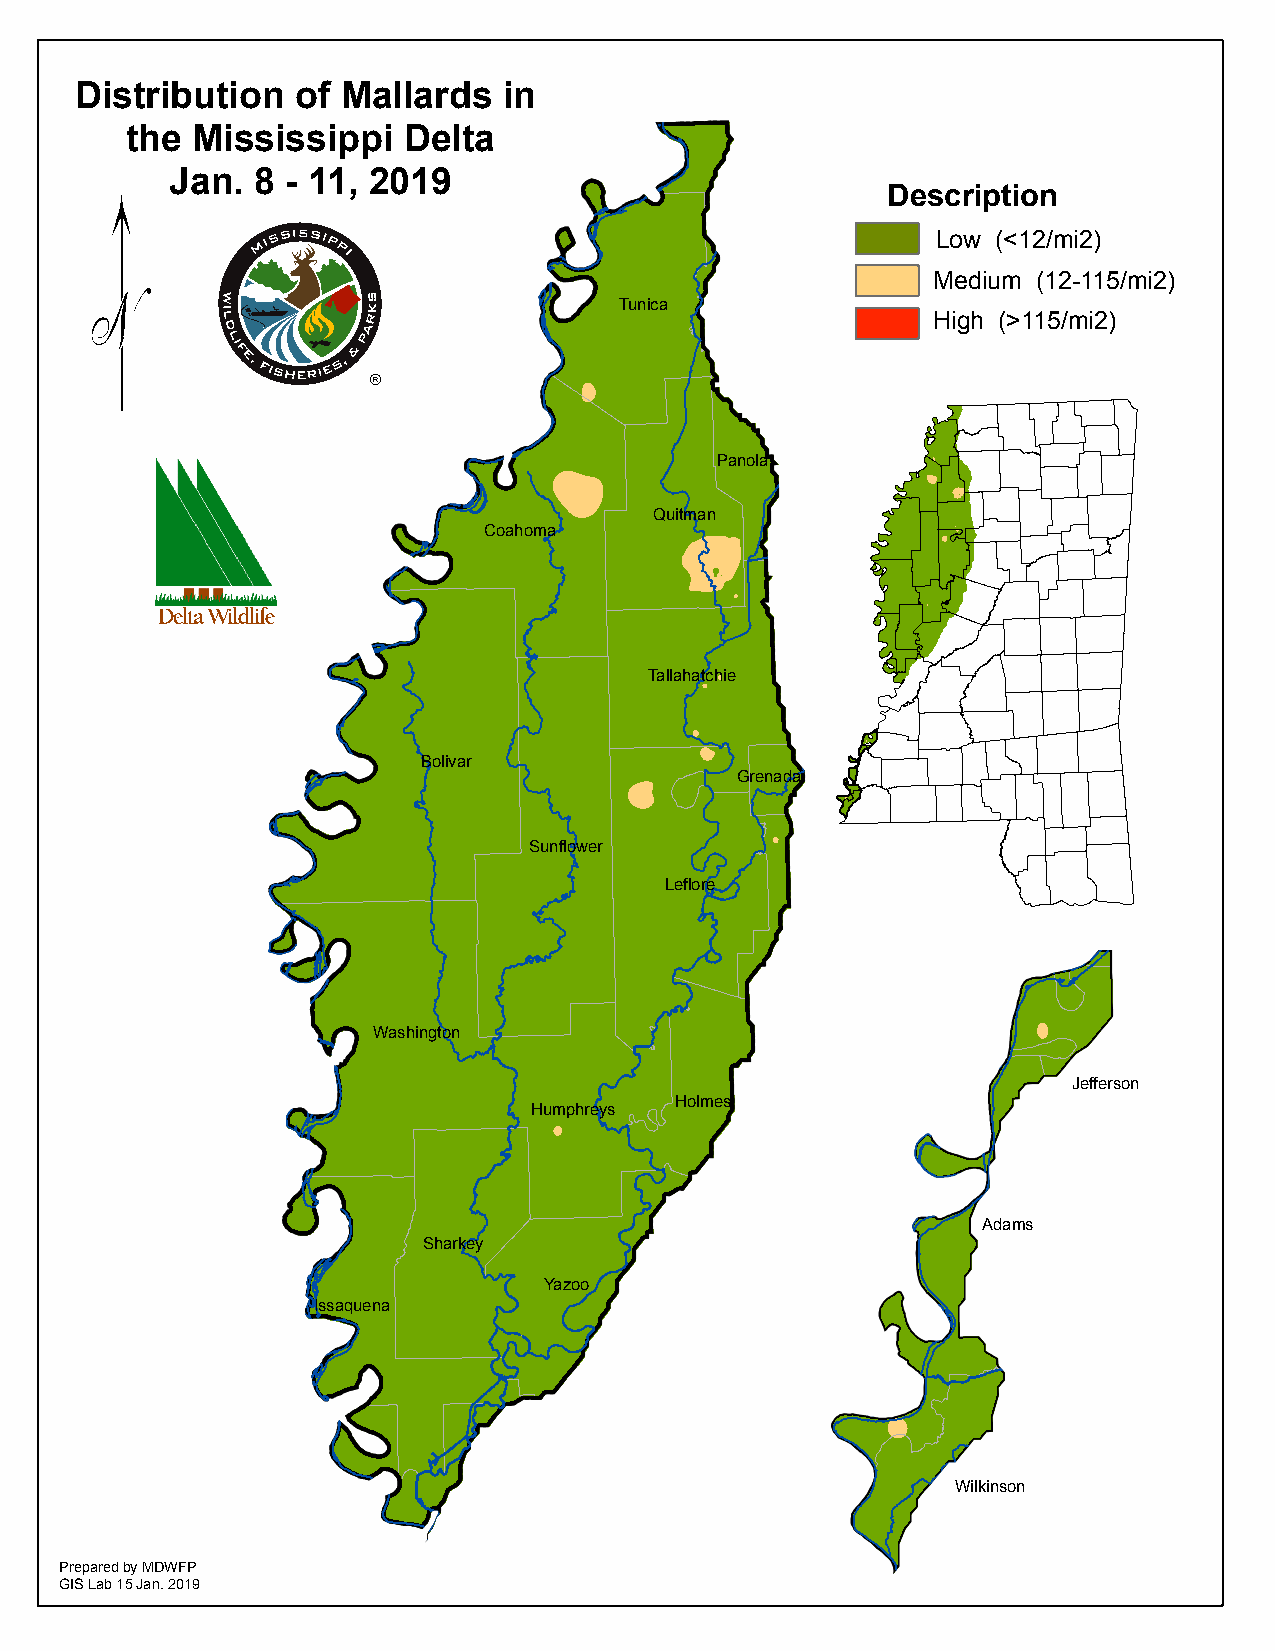
Distribution   of Mallards  in
 the  Mississippi   Delta
 "    Jan.  8 - 11, 2019
 Description
 Low (<12/mi2)
 Medium (12-115/mi2)
 Tunica
 High (>115/mi2)
 Panola
 Quitman
 Coahoma
 Tallahatchie
 Bolivar
 Grenada
 Sunflower
 Leflore
 Washington
 Jefferson
 Holmes
 Humphreys
 Adams
 Sharkey
 Yazoo
 Issaquena
 Wilkinson
 Prepared by MDWFP
 GIS Lab 15 Jan. 2019